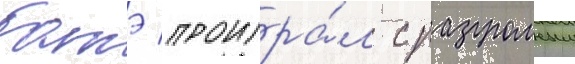
батэ проигра́л с разгромным